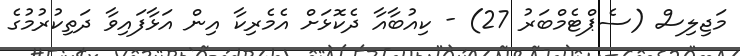
މަޖިލިސް (ސެޕްޓެމްބަރު 27) - ކިއުބާއާ ދެކޮޅަށް އެމެރިކާ އިން އަޅާފައިވާ ދަތިކުރުމުގެ